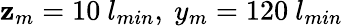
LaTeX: \mathbf{z}_{m}=10~l_{min},~y_{m}=120~l_{min}